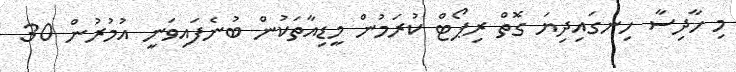
މި ހާދިސާ ހިނގައިދިޔަ ގޮތް ރިޕޯޓް ކުރަމުން މީޑިއާތަކުން ބުނެފައިވަނީ އުމުރުން 30